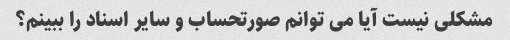
مشکلی نیست آیا می توانم صورتحساب و سایر اسناد را ببینم؟